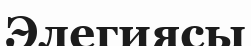
Элегиясы